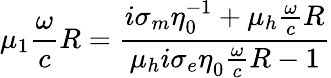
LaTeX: \mu_{1}\frac{\omega}{c}R=\frac{i\sigma_{m}\eta_{0}^{-1}+\mu_{h}\frac{\omega}{c}R}{\mu_{h}i\sigma_{e}\eta_{0}^{}\frac{\omega}{c}R-1}